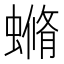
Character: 䗛